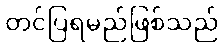
တင်ပြရမည်ဖြစ်သည်